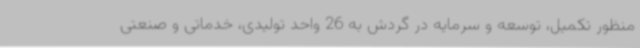
‌منظور تکمیل، توسعه و سرمایه در گردش به 26 واحد تولیدی، خدماتی و صنعتی